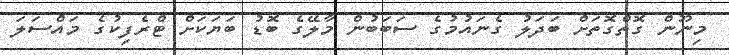
މިނޫން ގޮތްގޮތަށް ބަދަލު ގެނައުމުގެ ސަބަބުން މާލޭގެ ބޮޑު ބަޔަކަށް ޓްރެފިކުގެ މައްސަަލަ